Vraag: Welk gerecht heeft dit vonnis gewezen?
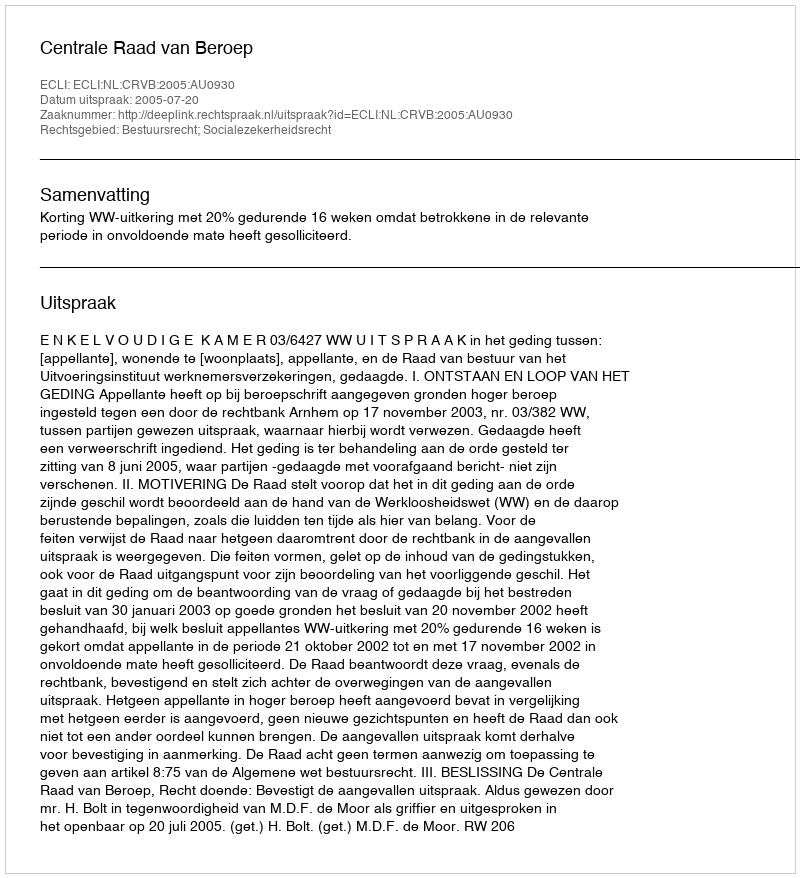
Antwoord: Centrale Raad van Beroep